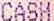
CASH